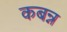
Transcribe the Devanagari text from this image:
कबन्न